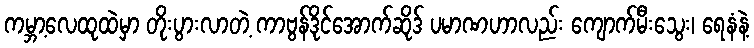
ကမ္ဘာ့လေထုထဲမှာ တိုးပွားလာတဲ့ ကာဗွန်ဒိုင်အောက်ဆိုဒ် ပမာဏဟာလည်း ကျောက်မီးသွေး၊ ရေနံနဲ့